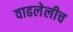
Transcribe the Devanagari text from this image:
वाढलेलीच